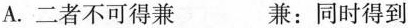
A.二者不可得\underset{·}{兼} 兼：同时得到